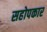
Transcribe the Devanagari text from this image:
सहोपकार